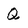
Character: Q